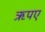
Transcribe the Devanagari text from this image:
ऋपए